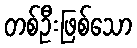
တစ်ဦးဖြစ်သော